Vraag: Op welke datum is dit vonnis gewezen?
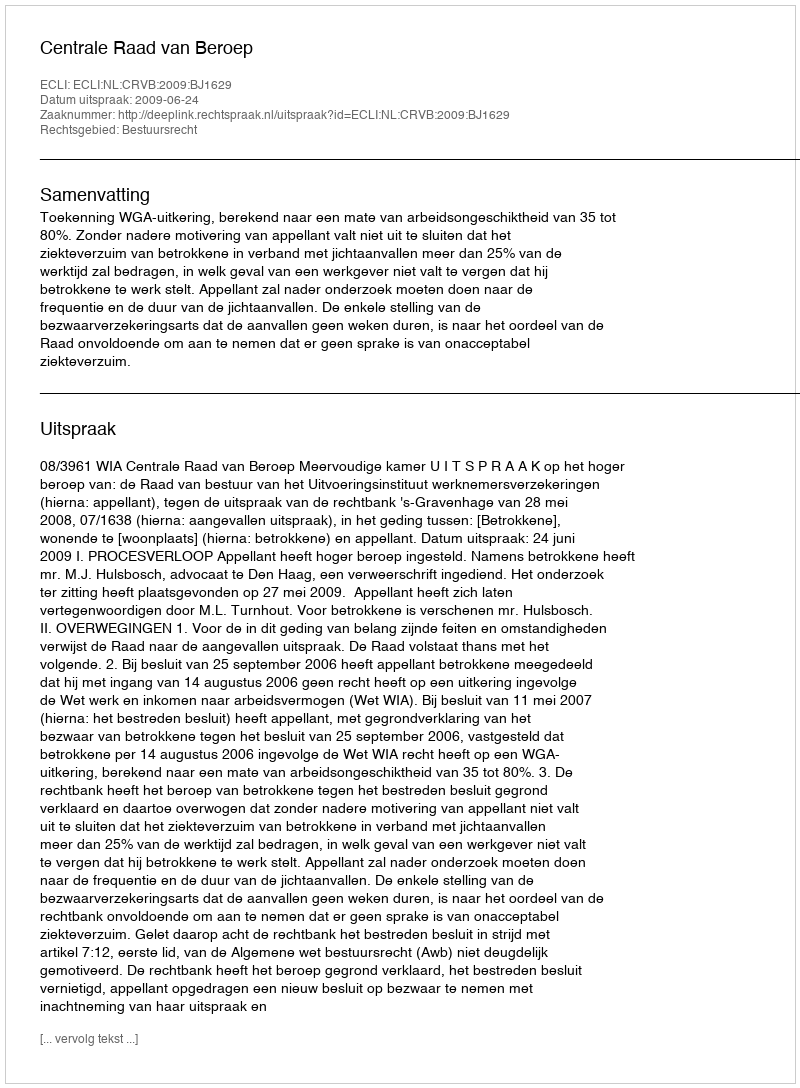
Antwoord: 2009-06-24